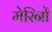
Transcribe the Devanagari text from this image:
मेरिनों